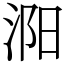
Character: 㳱